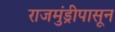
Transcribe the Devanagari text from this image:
राजमुंड्रीपासून